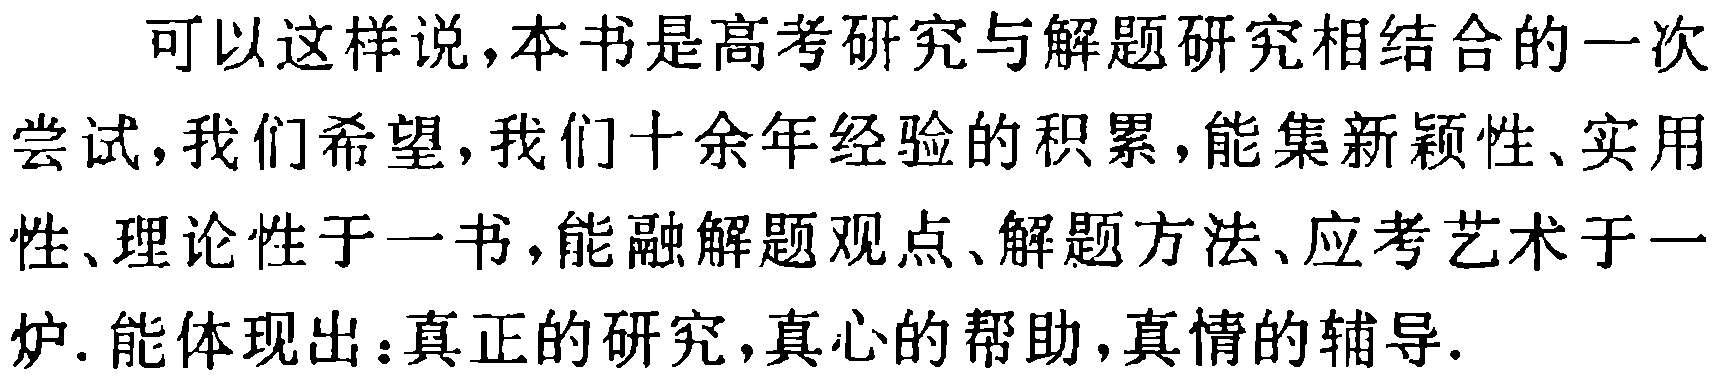
可以这样说，本书是高考研究与解题研究相结合的一次尝试，我们希望，我们十余年经验的积累，能集新颖性、实用性、理论性于一书，能融解题观点、解题方法、应考艺术于一炉. 能体现出：真正的研究，真心的帮助，真情的辅导.